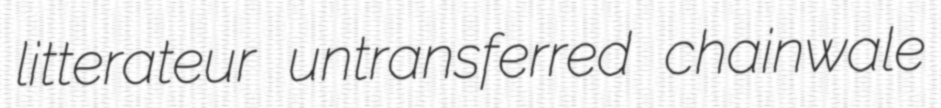
litterateur untransferred chainwale